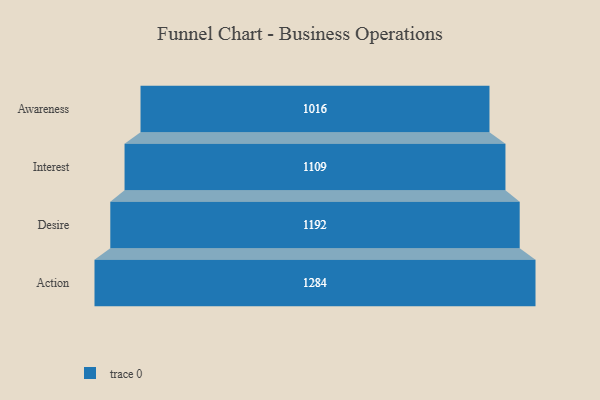
{"axis": {"x": "Stage", "y": "Value"}, "legend": [""], "data": [{"x": "Awareness", "y": 1016.0, "type": ""}, {"x": "Interest", "y": 1109.0, "type": ""}, {"x": "Desire", "y": 1192.0, "type": ""}, {"x": "Action", "y": 1284.0, "type": ""}]}